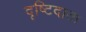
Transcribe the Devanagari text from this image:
दृष्टिदाता